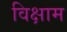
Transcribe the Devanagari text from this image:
विक्षाम